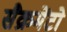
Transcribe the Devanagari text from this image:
सैक्रमेंटो